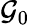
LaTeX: \mathcal{G}_{0}